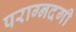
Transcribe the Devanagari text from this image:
पराग्नदगी